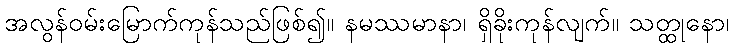
အလွန်ဝမ်းမြောက်ကုန်သည်ဖြစ်၍။ နမဿမာနာ၊ ရှိခိုးကုန်လျက်။ သတ္ထုနော၊